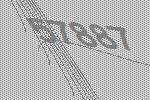
57887